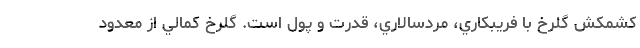
کشمکش گلرخ با فريبکاري، مردسالاري، قدرت و پول است. گلرخ کمالي از معدود